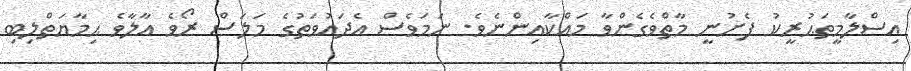
އިސްލާމީތަޙުރީކު ފެށުނީ މާތްވެގެންވާ މައްކާއިންނެވެ. ނަމަވެސް އެދައުވަތުގެ މަލަސް ރޯވެ އާލާވެ ޙިމާޔަތްލިބި